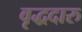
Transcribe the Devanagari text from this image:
वृद्धदारु